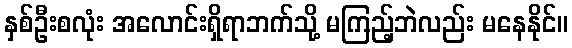
နှစ်ဦးစလုံး အလောင်းရှိရာဘက်သို့ မကြည့်ဘဲလည်း မနေနိုင်။